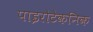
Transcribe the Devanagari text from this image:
पाइरोटेकनिक